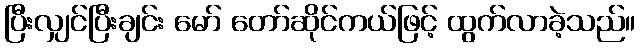
ပြီးလျှင်ပြီးချင်း မော် တော်ဆိုင်ကယ်ဖြင့် ထွက်လာခဲ့သည်။